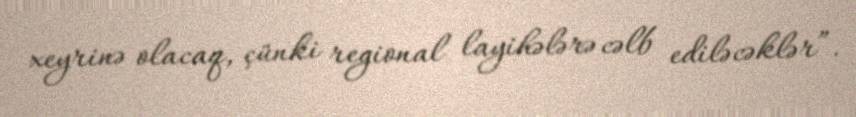
xeyrinə olacaq, çünki regional layihələrə cəlb ediləcəklər”.